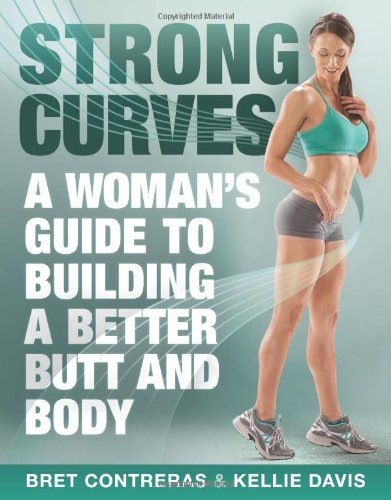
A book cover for Strong Curves: A Woman's Guide to Building a Better Butt and Body; Bret Contreras MS  CSCS; Health, Fitness & Dieting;